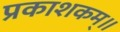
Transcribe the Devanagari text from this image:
प्रकाशकम्॥